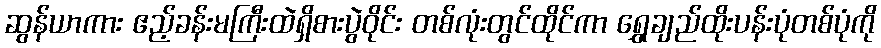
ဆွန်ယာကား ဧည့်ခန်းမကြီးထဲရှိစားပွဲဝိုင်း တစ်လုံးတွင်ထိုင်ကာ ရွှေချည်ထိုးပန်းပုံတစ်ပုံကို